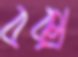
বক্স